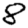
Digit: 8